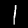
Label: 1